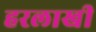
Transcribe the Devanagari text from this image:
हरलाखी